Report of the veterinary officer investigating camel disease
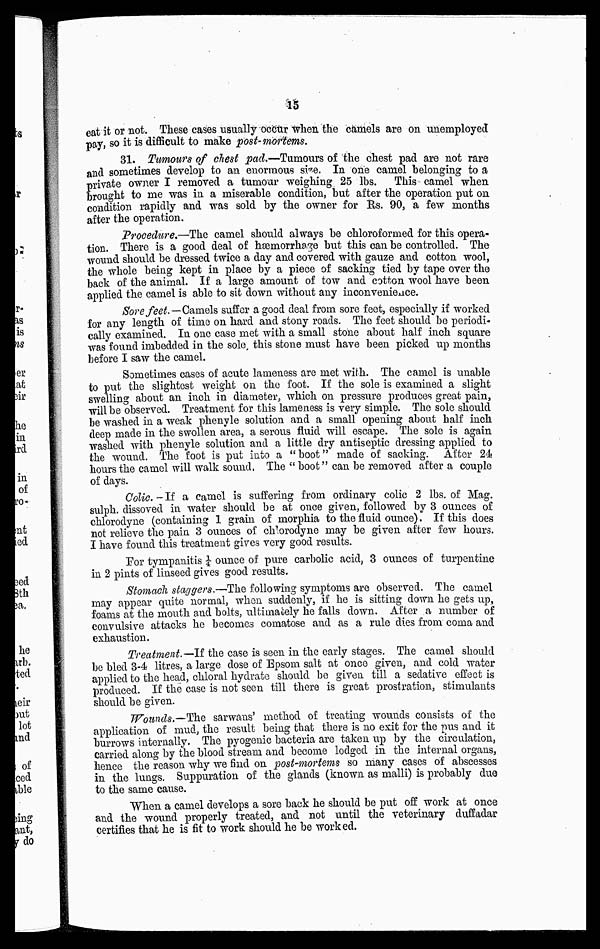
15
eat it or not. These cases usually occur when the camels are on unemployed
pay, so it is difficult to make post-mortems.
31. Tumours of chest pad.—-Tumours of the chest pad are not rare
and sometimes develop to an enormous size. In one camel belonging to a
private owner I removed a tumour weighing 25 lbs. This camel when
brought to me was in a miserable condition, but after the operation put on
condition rapidly and was sold by the owner for Rs. 90, a few months
after the operation.
Procedure.—The camel should always be chloroformed for this opera-
tion. There is a good deal of haemorrhage but this can be controlled. The
wound should be dressed twice a day and covered with gauze and cotton wool,
the whole being kept in place by a piece of sacking tied by tape over the
back of the animal. If a large amount of tow and cotton wool have been
applied the camel is able to sit down without any inconvenience.
Sore feet—Camels suffer a good deal from sore feet, especially if worked
for any length of time on hard and stony roads. The feet should be periodi
cally examined. In one case met with a small stone about half inch square
was found imbedded in the sole this stone must have been picked up months
before I saw the camel.
Sometimes cases of acute lameness are met with. The camel is unable
to put the slightest weight on the foot. If the sole is examined a slight
swelling about an inch in diameter, which on pressure produces great pain,
will be observed. Treatment for this lameness is very simple. The sole should
be washed in a weak phenyle solution and a small opening about half inch
deep made in the swollen area, a serous fluid will escape. The sole is again
washed with phenyle solution and a little dry antiseptic dressing applied to
the wound. The foot is put into a "boot" made of sacking. After 24
hours the camel will walk sound, The " boot" can be removed after a couple
of days.
Colic. -If a camel is suffering from ordinary colic 2 lbs. of Mag.
sulph. dissoved in water should be at once given, followed by 3 ounces of
chlorodyne (containing 1 grain of morphia to the fluid ounce). If this does
not relieve the pain 3 ounces of chlrodyne may be given after few hours.
I have found this treatment gives very good results.
For tympanitis 1/4 ounce of pure carbolic acid, 3 ounces of turpentine
in 2 pints of linseed gives good results.
Stomach staggers.—The following symptoms are observed. The camel
may appear quite normal, when suddenly, if he is sitting down he gets up,
foams at the mouth and bolts, ultimately he falls down. After a number of
convulsive attacks he becomes comatose and as a rule dies from coma and
exhaustion.
Treatment.—If the case is seen in the early stages. The camel should
be bled 3-4 litres, a large dose of Epsom salt at once given, and cold water
applied to the head, chloral hydrate should be given till a sedative effect is
produced. If the case is not seen till there is great prostration, stimulants
should be given.
Wounds.-The sarwans' method of treating wounds consists of the
application of mud, the result being that there is no exit for the pus and it
burrows internally. The pyogenic bacteria are taken up by the circulation,
carried along by the blood stream and become lodged in the internal organs,
hence the reason why we find on post-mortems so many cases of abscesses
in the lungs. Suppuration of the glands (known as malli) is probably due
to the same cause.
When a camel develops a sore back he should be put off work at once
and the wound properly treated, and not until the veterinary duffadar
certifies that he is fit to work should he be worked.